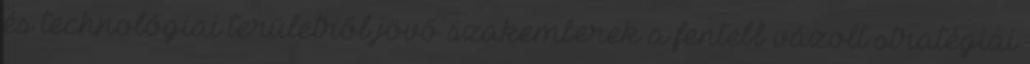
és technológiai területről jövő szakemberek a fentebb vázolt stratégiai